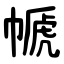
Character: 㡗